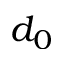
d _ { 0 }